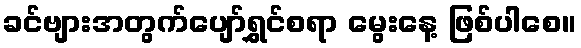
ခင်ဗျားအတွက်ပျော်ရွှင်စရာ မွေးနေ့ ဖြစ်ပါစေ။